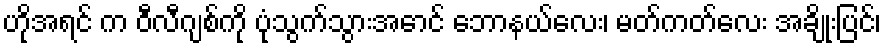
ဟိုအရင် က ဝီလီဂျစ်ကို ပုံသွက်သွားအောင် ဘောနယ်လေး၊ မတ်ကတ်လေး အချိုးပြင်၊